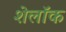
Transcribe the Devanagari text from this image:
शेलॉक